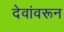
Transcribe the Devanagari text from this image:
देवांवरून